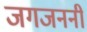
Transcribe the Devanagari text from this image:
जगजननी